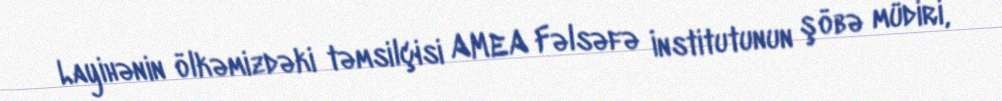
Layihənin ölkəmizdəki təmsilçisi AMEA Fəlsəfə İnstitutunun şöbə müdiri,